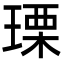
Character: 瑮